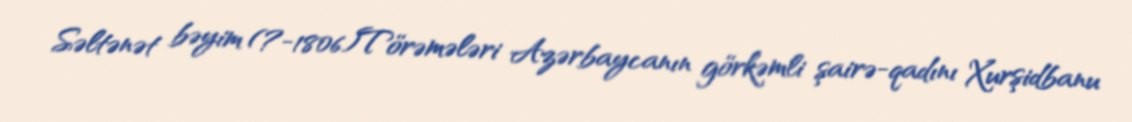
Səltənət bəyim (?-1806)Törəmələri Azərbaycanın görkəmli şairə-qadını Xurşidbanu